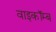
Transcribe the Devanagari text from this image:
वाइकॉम्ब